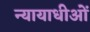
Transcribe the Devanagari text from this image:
न्यायाधीओं